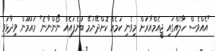
"އެއްވެސް ހާލެއްގައި ޖީއެމްއާރަށް މިވެނި ކަމެއް ކޮށްދޭނަމޭ ބުނެފައެއް ނޯންނާނެ" މައުމޫން ވިދާޅުވި